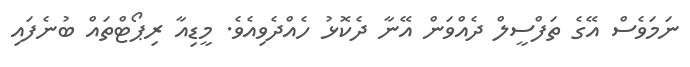
ނަމަވެސް އޭގެ ތަފްސީލް ދެއްވަން އޭނާ ދެކޮޅު ހެއްދެވިއެވެ. މީޑިއާ ރިޕޯޓްތައް ބުނެފައި